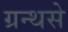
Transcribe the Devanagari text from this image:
ग्रन्थसे